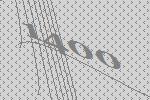
1400